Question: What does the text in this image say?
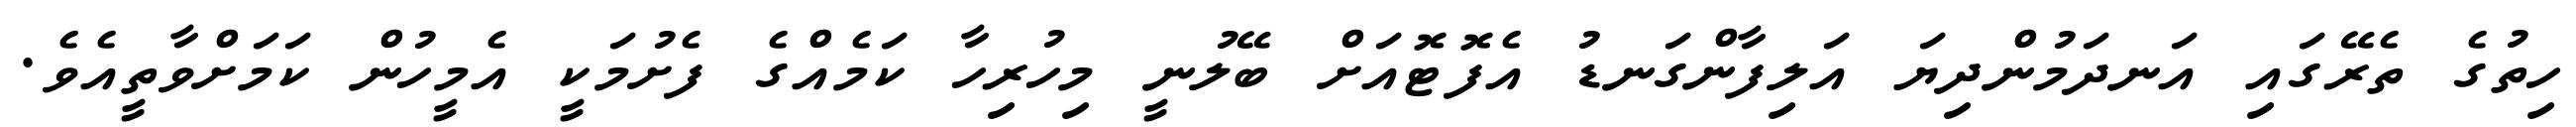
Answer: ހިތުގެ ތެރޭގައި އަނދަމުންދިޔަ އަލިފާންގަނޑު އެފޮޓޮއަށް ބޭލުނީ މިހުރިހާ ކަމެއްގެ ފެށުމަކީ އެމީހުން ކަމަށްވާތީއެވެ.